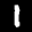
Label: 1